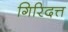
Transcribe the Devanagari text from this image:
गिरिदत्त